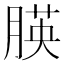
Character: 朠